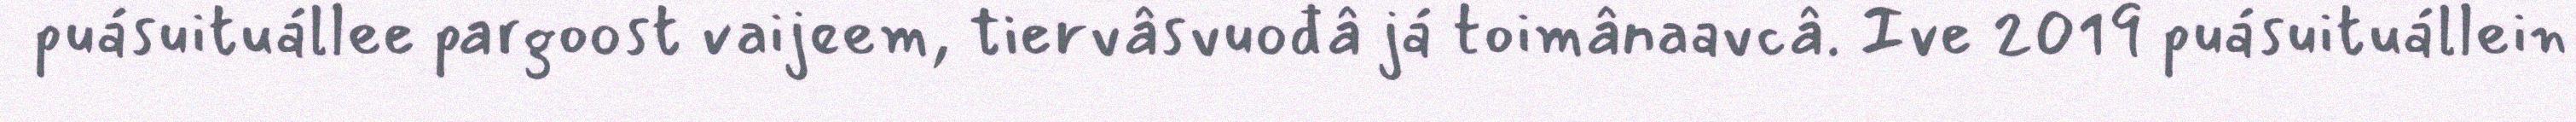
puásuituállee pargoost vaijeem, tiervâsvuođâ já toimânaavcâ. Ive 2019 puásuituállein